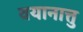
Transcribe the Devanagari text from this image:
वयानात्तु